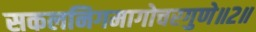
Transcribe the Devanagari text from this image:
सकलनिगमागोचरगुणे॥२॥